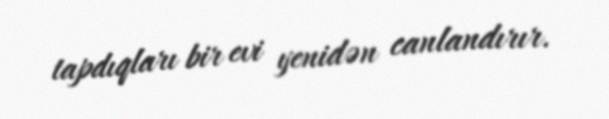
tapdıqları bir evi yenidən canlandırır.